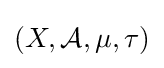
(X,{\mathcal {A}},\mu ,\tau )